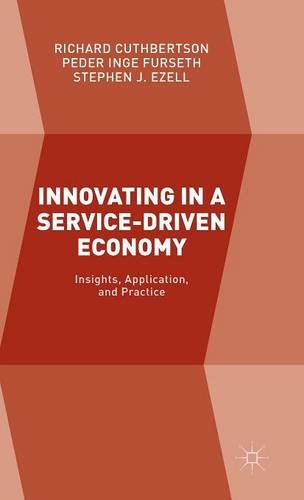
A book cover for Innovating in a Service-Driven Economy: Insights, Application, and Practice; Richard Cuthbertson; Business & Money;